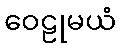
ဝေဠုမယံ